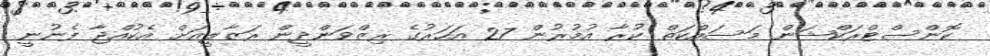
ކޮންސްޓްރަކްޝަން މަސައްކަތް ކުރާ އުމުރުން 27 އަހަރުގެ ރިޒްވަންދީން ރަޒާލީއަށް އެކުއްޖާ ފެނުނީ